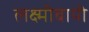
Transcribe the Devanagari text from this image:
लक्ष्मीबायी